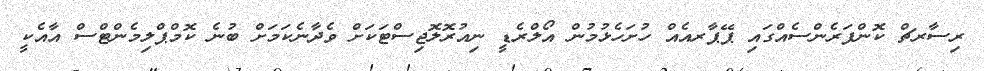
ރިސާރޗް ކޮންފަރެންސެއްގައި ޕޭޕާރއެއް ހުށަހެޅުމުން އޯލްރެޑީ ނިއުރޮލޮޖިސްޓަކަށް ވެދާނެކަމަށް ބުނެ ކޮމްޕްލިމެންޓްސް އާއެކީ